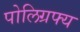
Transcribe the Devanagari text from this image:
पोलिग्रफ्य